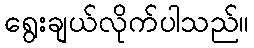
ရွေးချယ်လိုက်ပါသည်။